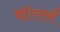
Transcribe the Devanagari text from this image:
बॉटलर्स